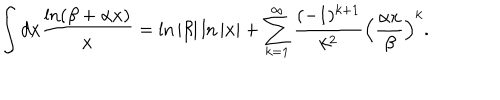
LaTeX: \int d x \frac { \ln ( \beta + \alpha x ) } { x } = \ln \vert \beta \vert \ln \vert x \vert + \sum _ { k = 1 } ^ { \infty } \frac { ( - 1 ) ^ { k + 1 } } { k ^ { 2 } } \Bigl ( \frac { \alpha x } { \beta } \Bigr ) ^ { k } .